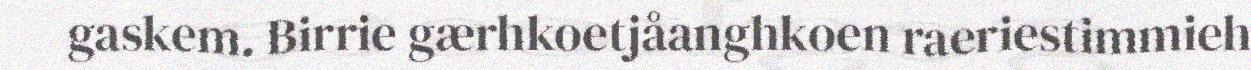
gaskem. Birrie gærhkoetjåanghkoen raeriestimmieh